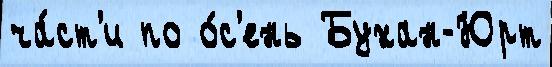
ча́ст'и по о́с'ень Бухан-Юрт